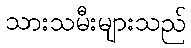
သားသမီးများသည်